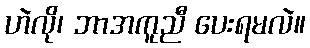
ဟဲလို၊ ဘာအကူညီ ပေးရမလဲ။